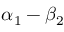
\alpha _ { 1 } - \beta _ { 2 }